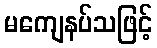
မကျေနပ်သဖြင့်